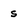
Character: s